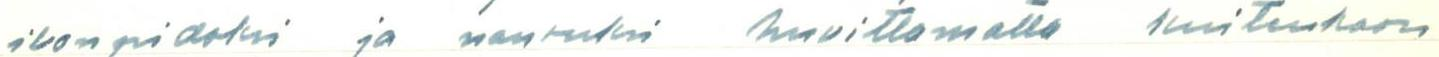
ilonpidoksi ja nauruksi huvittamatta kuitenkaan